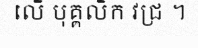
លើ បុគ្គលិក វជ្រ ។